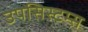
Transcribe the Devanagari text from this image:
उपसिस्टम्स